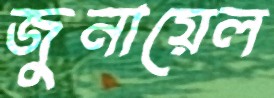
জুনায়েল